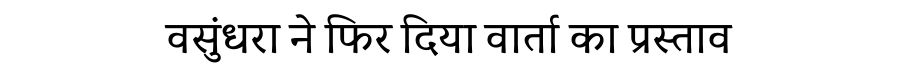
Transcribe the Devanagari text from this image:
वसुंधरा ने फिर दिया वार्ता का प्रस्ताव